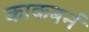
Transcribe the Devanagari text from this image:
काकबर्न